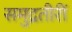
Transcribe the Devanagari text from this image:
समुद्रतीरीं